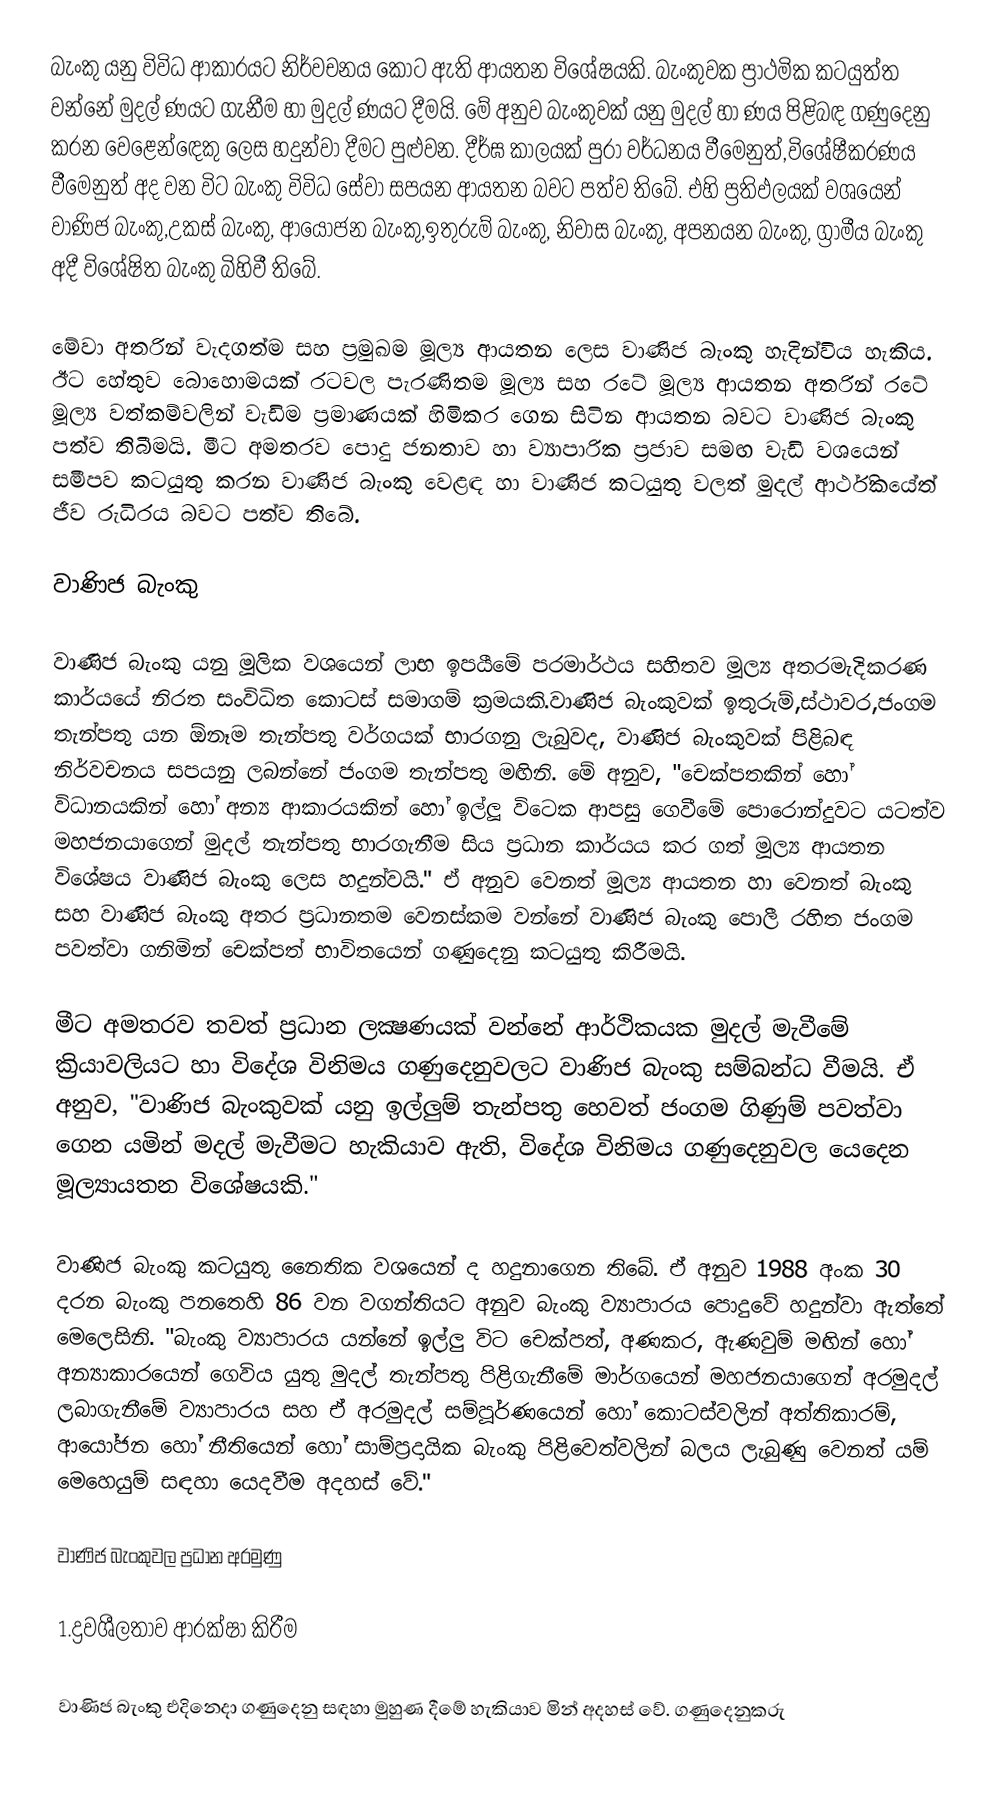
බැංකු යනු විවිධ ආකාරයට නිර්වචනය කොට ඇති ආයතන විශේෂයකි. බැංකුවක ප්‍රාථමික කටයුත්ත වන්නේ මුදල් ණයට ගැනීම හා මුදල් ණයට දීමයි. මේ අනුව බැංකුවක් යනු මුදල් හා ණය පිළිබඳ ගණුදෙනු කරන වෙළෙන්ඳෙකු ලෙස හදුන්වා දීමට පුළුවන. දීර්ඝ කාලයක් පුරා වර්ධනය වීමෙනුත්,විශේෂීකරණය වීමෙනුත් අද වන විට බැංකු විවිධ සේවා සපයන ආයතන බවට පත්ව තිබේ. එහි ප්‍රතිඵලයක් වශයෙන් වාණිජ බැංකු,උකස් බැංකු, ආයෝජන බැංකු,ඉතුරුම් බැංකු, නිවාස බැංකු, අපනයන බැංකු, ග්‍රාමීය බැංකු අදී විශේෂිත බැංකු බිහිවී තිබේ.

මේවා අතරින් වැදගත්ම සහ ප්‍රමුඛම මූල්‍ය ආයතන ලෙස වාණිජ බැංකු හැදින්විය හැකිය. ඊට හේතුව බොහොමයක් රටවල පැරණිතම මූල්‍ය සහ රටේ මූල්‍ය ආයතන අතරින් රටේ මූල්‍ය වත්කම්වලින් වැඩිම ප්‍රමාණයක් හිමිකර ගෙන සිටින ආයතන බවට වාණිජ බැංකු පත්ව තිබීමයි. මීට අමතරව පොදු ජනතාව හා ව්‍යාපාරික ප්‍රජාව සමඟ වැඩි වශයෙන් සමීපව කටයුතු කරන වාණිජ බැංකු වෙළඳ හා වාණිජ කටයුතු වලත් මුදල් ආර්ථිකයේත් ජීව රුධිරය බවට පත්ව තිබේ.

වාණිජ බැංකු

වාණිජ බැංකු යනු මූලික වශයෙන් ලාභ ඉපයීමේ පරමාර්ථය සහිතව මූල්‍ය අතරමැදිකරණ කාර්යයේ නිරත සංවිධිත කොටස් සමාගම් ක්‍රමයකි.වාණිජ බැංකුවක් ඉතුරුම්,ස්ථාවර,ජංගම තැන්පතු යන ඕනෑම තැන්පතු වර්ගයක් භාරගනු ලැබුවද, වාණිජ බැංකුවක් පිළිබඳ නිර්වචනය සපයනු ලබන්නේ ජංගම තැන්පතු මඟිනි. මේ අනුව, "චෙක්පතකින් හෝ විධානයකින් හෝ අන්‍ය ආකාරයකින් හෝ ඉල්ලූ විටෙක ආපසු ගෙවීමේ පොරොන්දුවට යටත්ව මහජනයාගෙන් මුදල් තැන්පතු භාරගැනීම සිය ප්‍රධාන කාර්යය කර ගත්  මූල්‍ය ආයතන විශේෂය වාණිජ බැංකු ලෙස හදුන්වයි." ඒ අනුව වෙනත් මූල්‍ය ආයතන හා වෙනත් බැංකු සහ වාණිජ බැංකු අතර ප්‍රධානතම වෙනස්කම වන්නේ වාණිජ බැංකු පොලී රහිත ජංගම පවත්වා ගනිමින් චෙක්පත් භාවිතයෙන් ගණුදෙනු කටයුතු කිරීමයි.

මීට අමතරව තවත් ප්‍රධාන ලක්‍ෂණයක් වන්නේ ආර්ථිකයක මුදල් මැවීමේ ක්‍රියාවලියට හා විදේශ විනිමය ගණුදෙනුවලට වාණිජ බැංකු සම්බන්ධ වීමයි. ඒ අනුව, "වාණිජ බැංකුවක් යනු ඉල්ලුම් තැන්පතු හෙවත් ජංගම ගිණුම් පවත්වා ගෙන යමින් මදල් මැවීමට හැකියාව ඇති, විදේශ විනිමය ගණුදෙනුවල යෙදෙන මූල්‍යායතන විශේෂයකි."

වාණිජ බැංකු කටයුතු නෛතික වශයෙන් ද හදුනාගෙන තිබේ. ඒ අනුව 1988 අංක 30 දරන බැංකු පනතෙහි 86 වන වගන්තියට අනුව බැංකු ව්‍යාපාරය පොදුවේ හදුන්වා ඇත්තේ මෙලෙසිනි. "බැංකු ව්‍යාපාරය යන්නේ ඉල්ලු විට චෙක්පත්, අණකර, ඇණවුම් මඟින් හෝ අන්‍යාකාරයෙන් ගෙවිය යුතු මුදල් තැන්පතු පිළිගැනීමේ මාර්ගයෙන් මහජනයාගෙන් අරමුදල් ලබාගැනීමේ ව්‍යාපාරය සහ ඒ අරමුදල් සම්පූර්ණයෙන් හෝ කොටස්වලින් අත්තිකාරම්, ආයෝජන හෝ නීතියෙන් හෝ සාම්ප්‍රදායික බැංකු පිළිවෙත්වලින් බලය ලැබුණු වෙනත් යම් මෙහෙයුම් සඳහා යෙදවීම අදහස් වේ."

වාණිජ බැංකුවල ප්‍රධාන අරමුණු

1.ද්‍රවශීලතාව ආරක්ෂා කිරීම

වාණිජ බැංකු එදිනෙදා ගණුදෙනු සඳහා මුහුණ දීමේ හැකියාව මින් අදහස් වේ. ගණුදෙනුකරු